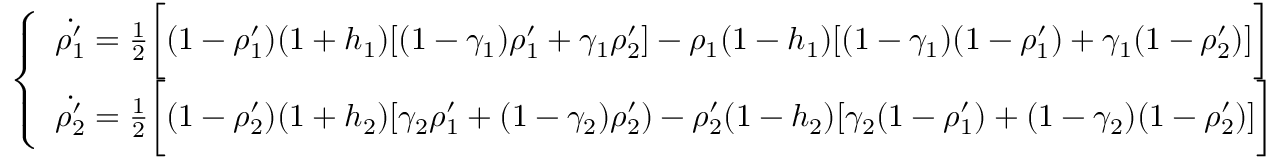
\left\{ \begin{array} { l l } { \dot { \rho _ { 1 } ^ { \prime } } = \frac { 1 } { 2 } \bigg [ ( 1 - \rho _ { 1 } ^ { \prime } ) ( 1 + h _ { 1 } ) [ ( 1 - \gamma _ { 1 } ) \rho _ { 1 } ^ { \prime } + \gamma _ { 1 } \rho _ { 2 } ^ { \prime } ] - \rho _ { 1 } ( 1 - h _ { 1 } ) [ ( 1 - \gamma _ { 1 } ) ( 1 - \rho _ { 1 } ^ { \prime } ) + \gamma _ { 1 } ( 1 - \rho _ { 2 } ^ { \prime } ) ] \bigg ] } \\ { \dot { \rho _ { 2 } ^ { \prime } } = \frac { 1 } { 2 } \bigg [ ( 1 - \rho _ { 2 } ^ { \prime } ) ( 1 + h _ { 2 } ) [ \gamma _ { 2 } \rho _ { 1 } ^ { \prime } + ( 1 - \gamma _ { 2 } ) \rho _ { 2 } ^ { \prime } ) - \rho _ { 2 } ^ { \prime } ( 1 - h _ { 2 } ) [ \gamma _ { 2 } ( 1 - \rho _ { 1 } ^ { \prime } ) + ( 1 - \gamma _ { 2 } ) ( 1 - \rho _ { 2 } ^ { \prime } ) ] \bigg ] } \end{array} \right.